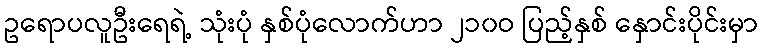
ဥရောပလူဦးရေရဲ့ သုံးပုံ နှစ်ပုံလောက်ဟာ ၂၁၀ဝ ပြည့်နှစ် နှောင်းပိုင်းမှာ